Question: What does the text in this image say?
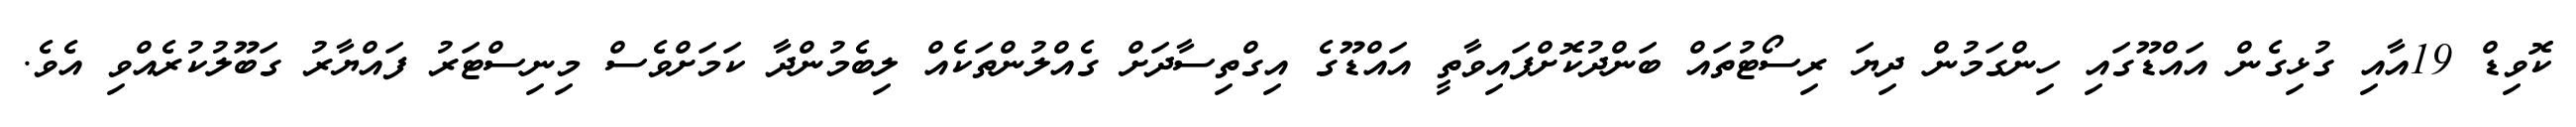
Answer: ކޮވިޑް 19އާއި ގުޅިގެން އައްޑޫގައި ހިންގަމުން ދިޔަ ރިސޯޓުތައް ބަންދުކޮށްފައިވާތީ އައްޑޫގެ އިގްތިސާދަށް ގެއްލުންތަކެއް ލިބެމުންދާ ކަމަށްވެސް މިނިސްޓަރު ފައްޔާރު ގަބޫލުކުރެއްވި އެވެ.